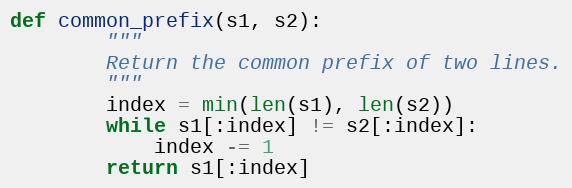
Language: Python
def common_prefix(s1, s2):
		"""
		Return the common prefix of two lines.
		"""
		index = min(len(s1), len(s2))
		while s1[:index] != s2[:index]:
			index -= 1
		return s1[:index]